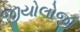
જીયોલોજી